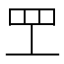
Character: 𬙕